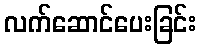
လက်ဆောင်ပေးခြင်း